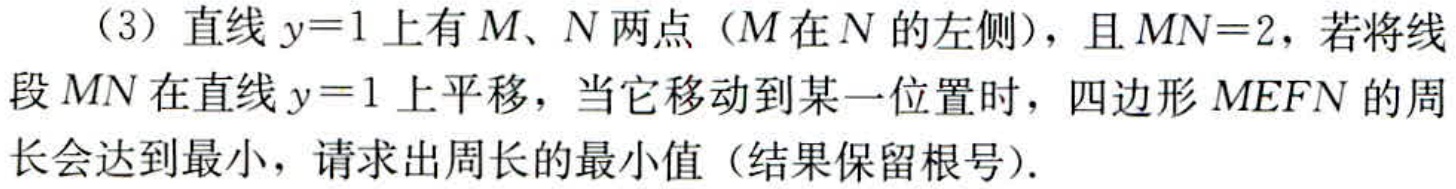
（3）直线\(y = 1\)上有\(M\)、\(N\)两点（\(M\)在\(N\)的左侧），且\(MN = 2\)，若将线段\(MN\)在直线\(y = 1\)上平移，当它移动到某一位置时，四边形\(MEFN\)的周长会达到最小，请求出周长的最小值（结果保留根号）.